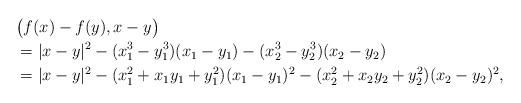
LaTeX: \begin{align*}&\big( f(x)-f(y),x-y \big)\\& = |x-y|^2 -(x_1^3-y_1^3) (x_1-y_1) -(x_2^3-y_2^3) (x_2-y_2)\\& = |x-y|^2 -(x_1^2 + x_1 y_1 + y_1^2) (x_1-y_1)^2 -(x_2^2 + x_2 y_2+ y_2^2) (x_2-y_2)^2,\end{align*}